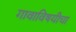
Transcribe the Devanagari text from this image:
गावाविषयीचा